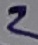
Text: 2